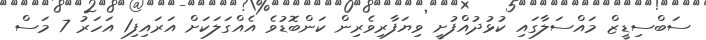
ސަބްސިޑީޒް މައްސަލާގައި ކުޅުދުއްފުށީ ވިޔަފާރިވެރިން ކަންބޮޑުވެ އެއްގަލަކަށް އަރައިފި1 އަހަރު 7 މަސް